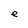
Character: e